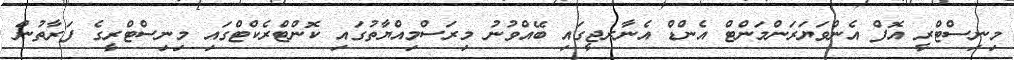
މިނިސްޓްރީ އޮފް އެންވަޔަރަންމަންޓް އެންޑް އެނާރޖީގައި ބޭއްވުނު މިރަސްމިއްޔާތުގައި ކޮންޓްރެކްޓްގައި މިނިސްޓްރީގެ ފަރާތުން